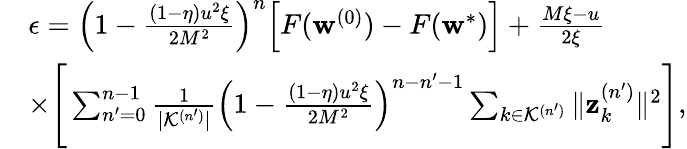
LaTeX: \begin{array}{rl}&{\epsilon=\Big(1-\frac{(1-\eta)u^{2}\xi}{2M^{2}}\Big)^{n}\Big[F(\mathbf{w}^{(0)})-F(\mathbf{w}^{*})\Big]+\frac{M\xi-u}{2\xi}}\\ &{\times\Bigg[\sum_{n^{\prime}=0}^{n-1}\frac{1}{|\mathcal{K}^{(n^{\prime})}|}\Big(1-\frac{(1-\eta)u^{2}\xi}{2M^{2}}\Big)^{n-n^{\prime}-1}\sum_{k\in\mathcal{K}^{(n^{\prime})}}\| \mathbf{z}_{k}^{(n^{\prime})}\| ^{2}\Bigg],}\end{array}